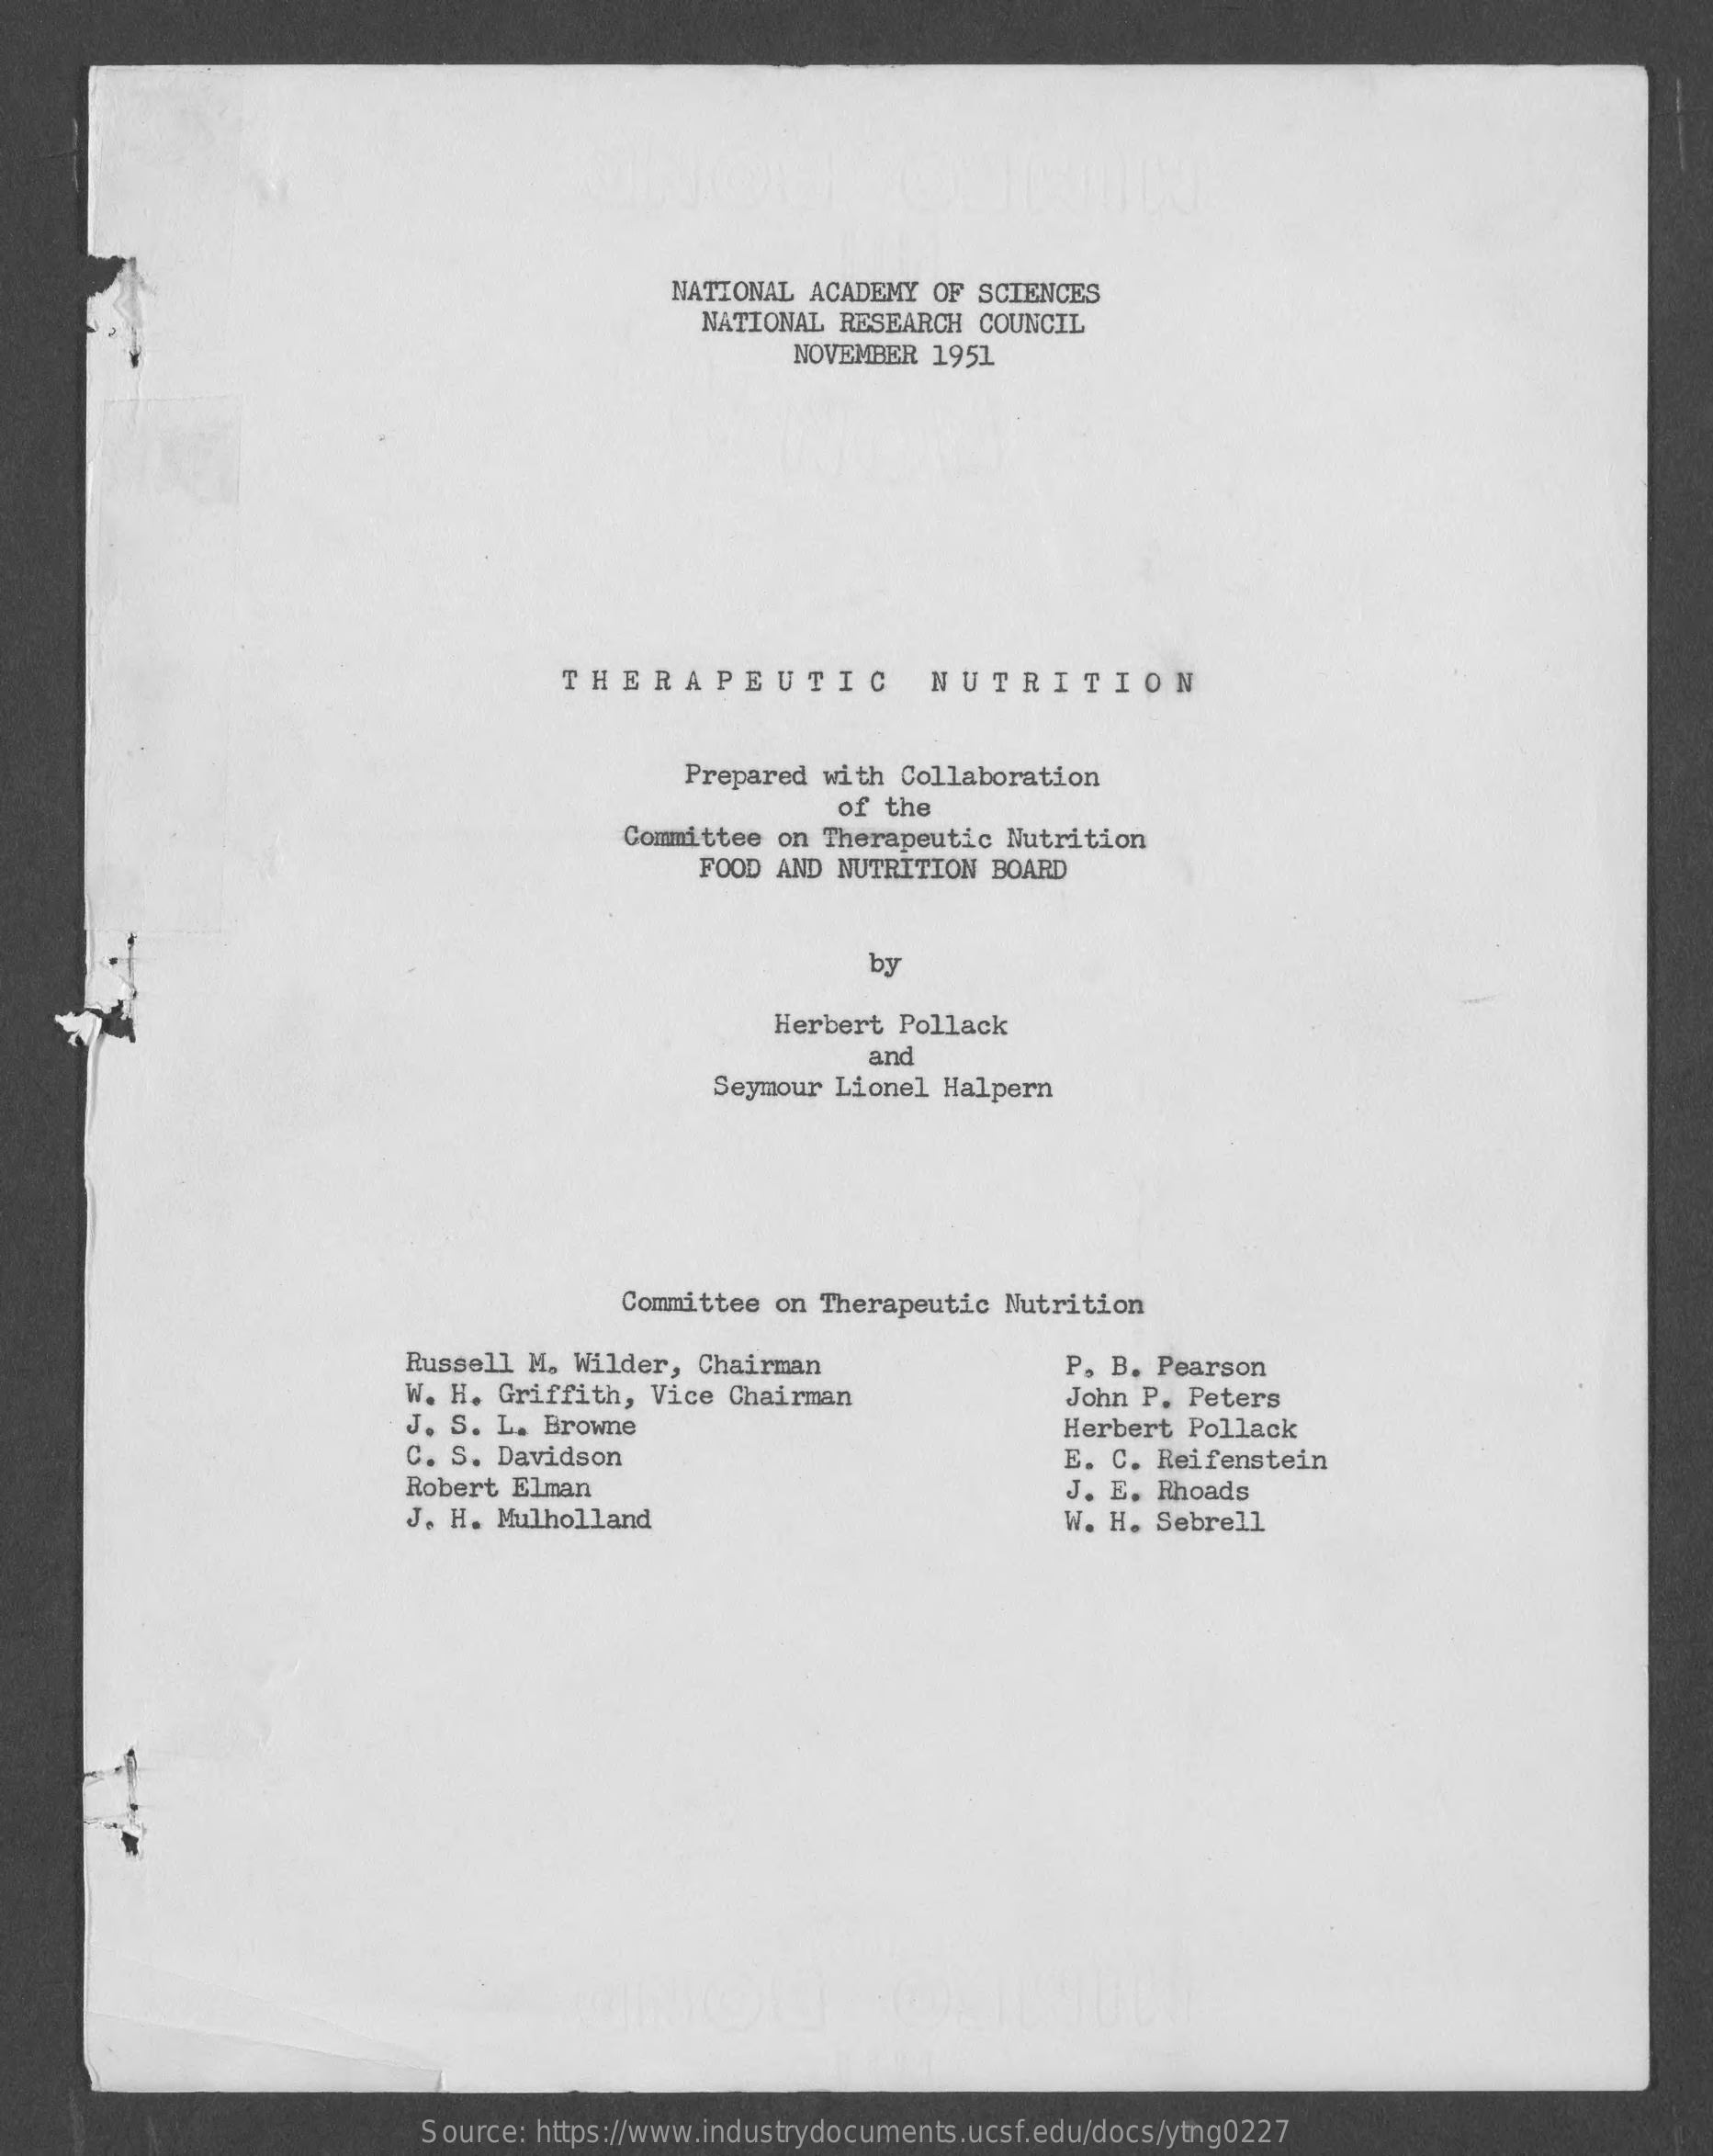
NATIONAL ACADEMY OF  SCIENCES
     NATIONAL RESEARCH  COUNCIL
     NOVEMBER 1951
     THERAPEUTIC    NUTRITION
     Prepared with Collaboration
     of the
     Committee on Therapeutic Nutrition
     FOOD AND NUTRITION  BOARD
     by
     Herbert Pollack
     Seymour Lionel Halpern
     and
     Committee on Therapeutic Nutrition
     Russell M. Wilder,  Chairman    P. B. Pearson
     W. H. Griffith, Vice  Chairman    John P. Peters
     J. S. L. Browne    Herbert  Pollack
     C. S. Davidson    E. C. Reifenstein
     Robert Elman    J. E. Rhoads
     J. H. Mulholland    W. H. Sebrell
     Source: https://www.industrydocuments.ucsf.edu/docs/ytng0227